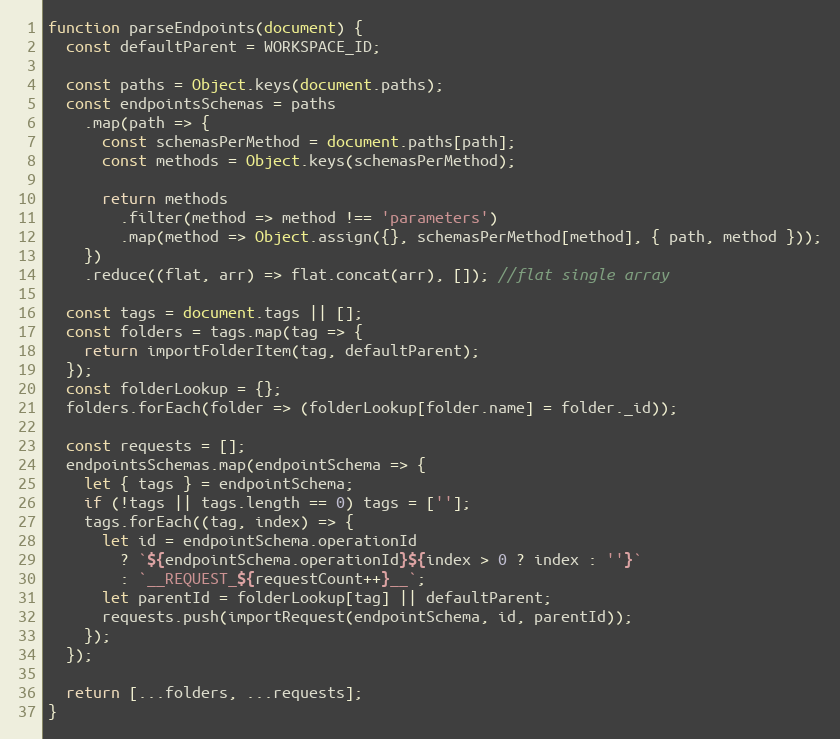
Language: JavaScript
function parseEndpoints(document) {
  const defaultParent = WORKSPACE_ID;

  const paths = Object.keys(document.paths);
  const endpointsSchemas = paths
    .map(path => {
      const schemasPerMethod = document.paths[path];
      const methods = Object.keys(schemasPerMethod);

      return methods
        .filter(method => method !== 'parameters')
        .map(method => Object.assign({}, schemasPerMethod[method], { path, method }));
    })
    .reduce((flat, arr) => flat.concat(arr), []); //flat single array

  const tags = document.tags || [];
  const folders = tags.map(tag => {
    return importFolderItem(tag, defaultParent);
  });
  const folderLookup = {};
  folders.forEach(folder => (folderLookup[folder.name] = folder._id));

  const requests = [];
  endpointsSchemas.map(endpointSchema => {
    let { tags } = endpointSchema;
    if (!tags || tags.length == 0) tags = [''];
    tags.forEach((tag, index) => {
      let id = endpointSchema.operationId
        ? `${endpointSchema.operationId}${index > 0 ? index : ''}`
        : `__REQUEST_${requestCount++}__`;
      let parentId = folderLookup[tag] || defaultParent;
      requests.push(importRequest(endpointSchema, id, parentId));
    });
  });

  return [...folders, ...requests];
}